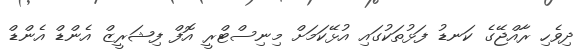
ދިވެހި ރާއްޖޭގެ ކަނޑު ފަޅުތަކުގައި އުޅޭކަމަށް މިނިސްޓްރީ އޮފް ފިޝަރީޒް އެންޑް އެންޑް